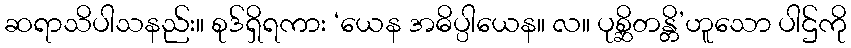
ဆရာသိပါသနည်း။ စုဒ်ရှိရကား ‘ယေန အဓိပ္ပါယေန။ လ။ ပုစ္ဆိတန္တိ’ဟူသော ပါဌ်ကို